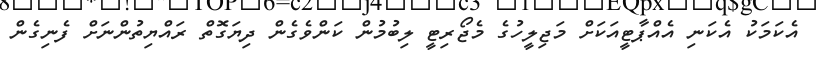
އެކަމަކު އެކަނި އެއްޕާޓީއަކަށް މަޖިލީހުގެ މެޖޯރިޓީ ލިބުމުން ކަންވެގެން ދިޔަގޮތް ރައްޔިތުންނަށް ފެނިގެން